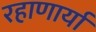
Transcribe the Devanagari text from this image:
रहाणार्या